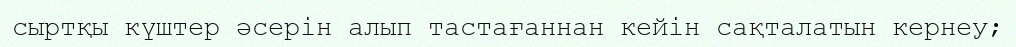
сыртқы күштер әсерін алып тастағаннан кейін сақталатын кернеу;